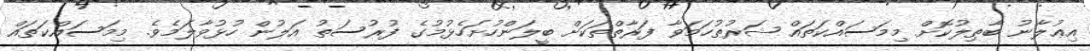
އިޢުލާނު ބާޠިލުކޮށް މިމަސައްކަތައް ޝަރުޠުހަމަވާ ފަރާތްތަކަށް ބީލަންހުށަހެޅުމުގެ ފުރުސަތު އަލުން ހުޅުވާލަމެވެ. މިމަސައްކަތައް